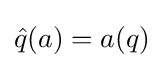
{\hat {q}}(a)=a(q)